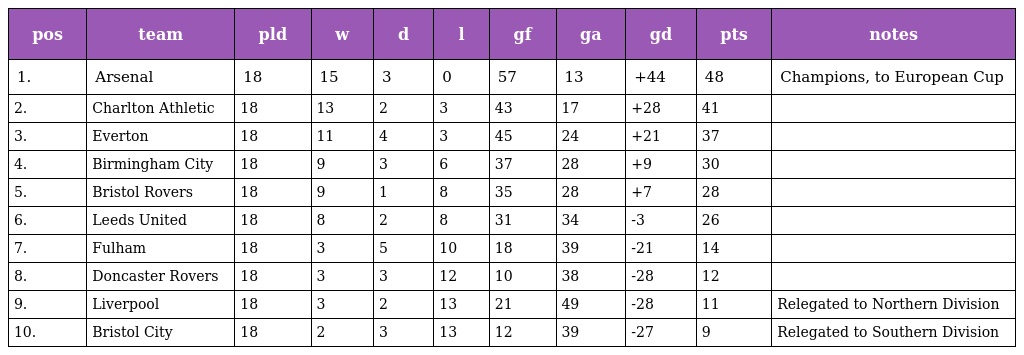
| pos | team | pld | w | d | l | gf | ga | gd | pts | notes |
 | --- | --- | --- | --- | --- | --- | --- | --- | --- | --- | --- |
 | 1. | Arsenal | 18 | 15 | 3 | 0 | 57 | 13 | +44 | 48 | Champions, to European Cup |
 | 2. | Charlton Athletic | 18 | 13 | 2 | 3 | 43 | 17 | +28 | 41 |  |
 | 3. | Everton | 18 | 11 | 4 | 3 | 45 | 24 | +21 | 37 |  |
 | 4. | Birmingham City | 18 | 9 | 3 | 6 | 37 | 28 | +9 | 30 |  |
 | 5. | Bristol Rovers | 18 | 9 | 1 | 8 | 35 | 28 | +7 | 28 |  |
 | 6. | Leeds United | 18 | 8 | 2 | 8 | 31 | 34 | -3 | 26 |  |
 | 7. | Fulham | 18 | 3 | 5 | 10 | 18 | 39 | -21 | 14 |  |
 | 8. | Doncaster Rovers | 18 | 3 | 3 | 12 | 10 | 38 | -28 | 12 |  |
 | 9. | Liverpool | 18 | 3 | 2 | 13 | 21 | 49 | -28 | 11 | Relegated to Northern Division |
 | 10. | Bristol City | 18 | 2 | 3 | 13 | 12 | 39 | -27 | 9 | Relegated to Southern Division |